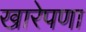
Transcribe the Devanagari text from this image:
खारेपणा